kultuurilooline_kollektsioon, lk 15
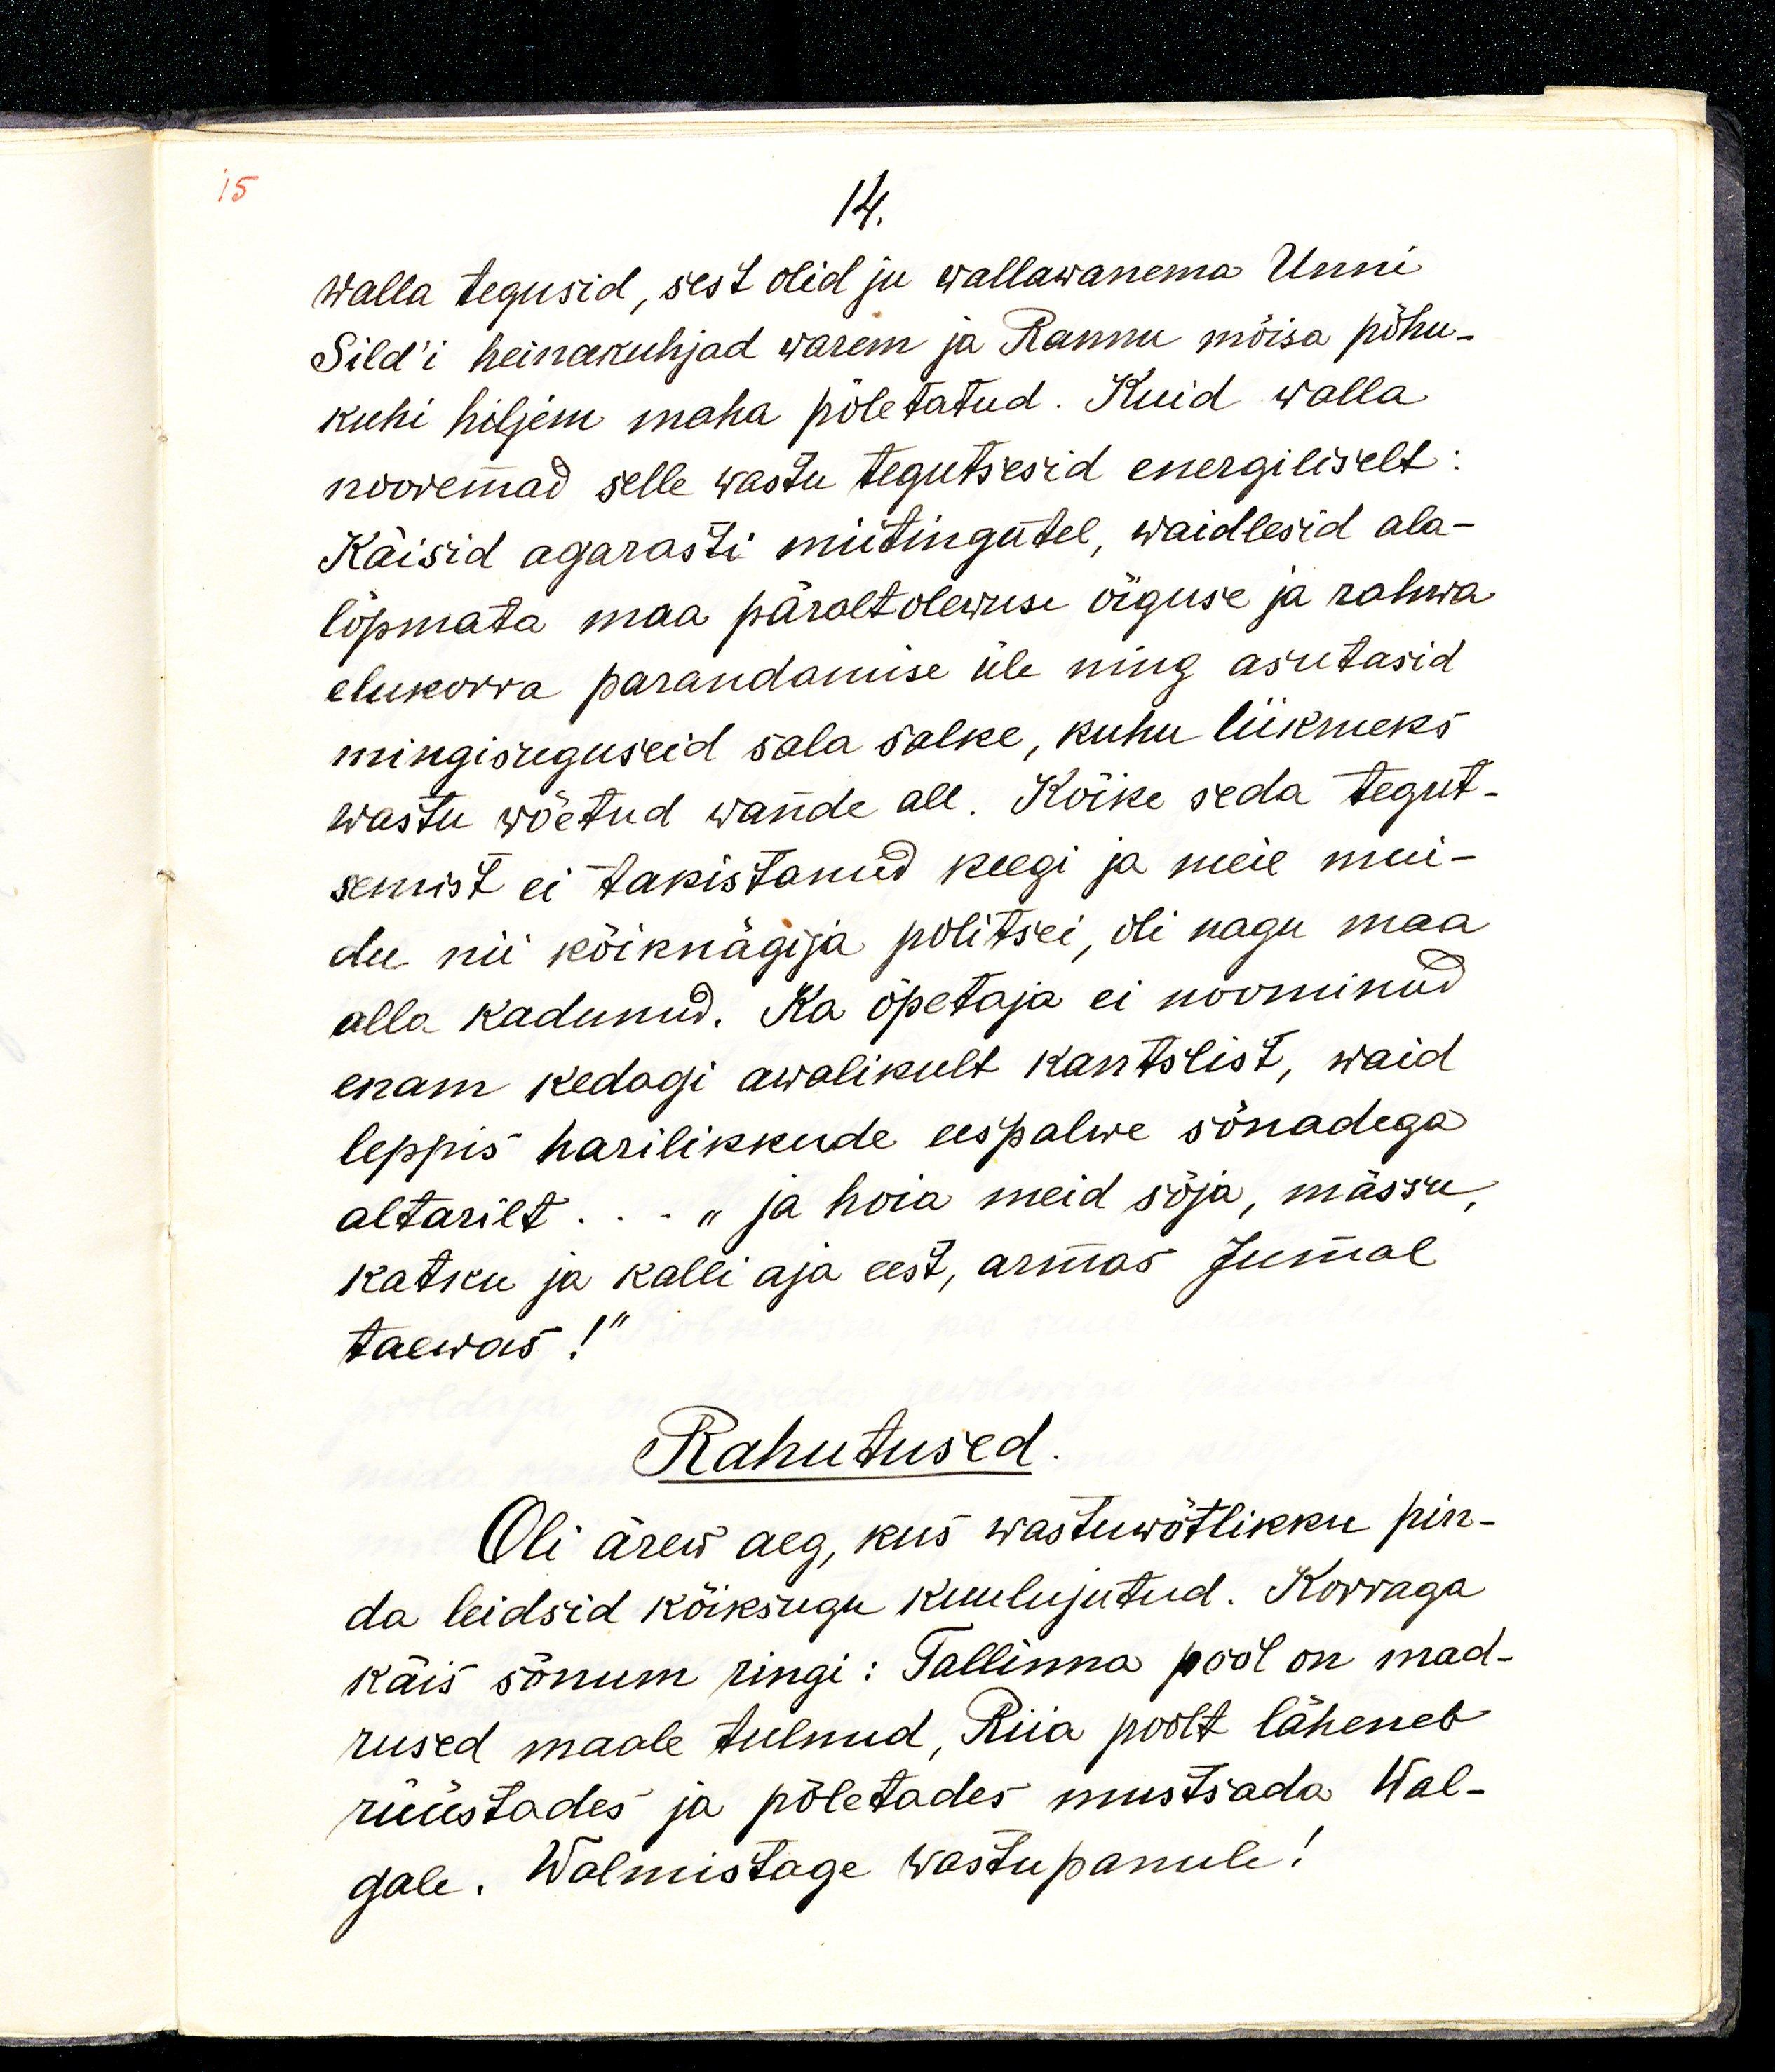
14.
walla tegusid, sest olid ju wallawanema Unni
Sild' heinakuhjad warem ja Rannu mõisa põhu-
kuhi hiljem maha põletatud. Kuid walla
nooremad selle wastu tegutsesid energiliselt:
Käisid agarasti miitingutel, waidlesid ala-
lõpmata maa päraltolewuse õiguse ja rahwa
elukorra parandamise üle ning asutasid
mingisuguseid sala salke, kuhu liikmeks
wastu wõetud wande all. Kõike seda tegut-
semist ei takistanud keegi meie mui-
du nii kõiknägija politsei, oli nagu maa
alla kadunud. Ka õpetaja ei noominud
enam kedagi awalikult kantslist, waid
leppis harilikkude eespalwe sõnadega
altarilt... „ja hoia meid sõja, mässu, 
katku ja kalli aja eest, armas Jumal
taewas!“
Rahutused.
Oli ärew aeg, kus wastuwõtlikku pin-
da leidsid kõiksugu kuulujutud. Korraga
käis sõnum ringi: Tallinna pool on mad-
rused maale tulnud, Riia poolt läheneb
rüüstades ja põletades mustsada Wal-
gale. Walmistage wastupanule!